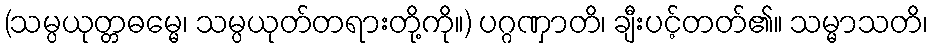
(သမ္ပယုတ္တဓမ္မေ၊ သမ္ပယုတ်တရားတို့ကို။) ပဂ္ဂဏှာတိ၊ ချီးပင့်တတ်၏။ သမ္မာသတိ၊